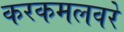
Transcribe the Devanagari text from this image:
करकमलवरे